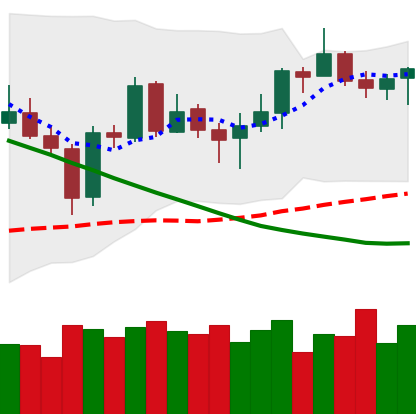
Ticker: NEO-USD
Chart end date: 2019-03-20
Forward return: -4.148%
Label: down_3_5